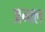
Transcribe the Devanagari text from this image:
अन्क्ल